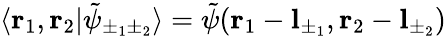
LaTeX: \langle\mathbf{r}_{1},\mathbf{r}_{2}|\tilde{\psi}_{\pm_{1}\pm_{2}}\rangle=\tilde{\psi}(\mathbf{r}_{1}-\mathbf{l}_{\pm_{1}},\mathbf{r}_{2}-\mathbf{l}_{\pm_{2}})